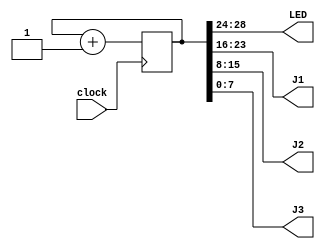
// written 2018-08-03 by mza
// last updated 2020-05-29 by mza

`define icestick

module mytop (
	input clock,
	output [5:1] LED,
	output [7:0] J1, J2, J3
);
	reg [31:0] counter = 0;
	always @(posedge clock) begin
		counter++;
	end
	assign LED = counter[28:24];
	assign J1 = counter[23:16];
	assign J2 = counter[15:8];
	assign J3 = counter[7:0];
endmodule // mytop

module top (
	input CLK,
	output LED1, LED2, LED3, LED4, LED5,
	output J1_3, J1_4, J1_5, J1_6, J1_7, J1_8, J1_9, J1_10,
	output J2_1, J2_2, J2_3, J2_4, J2_7, J2_8, J2_9, J2_10,
	output J3_3, J3_4, J3_5, J3_6, J3_7, J3_8, J3_9, J3_10,
	output DCDn, DSRn, CTSn, TX, IR_TX, IR_SD,
	input DTRn, RTSn, RX, IR_RX
);
	wire [7:0] J1 = { J1_10, J1_9, J1_8, J1_7, J1_6, J1_5, J1_4, J1_3 };
	wire [7:0] J2 = { J2_10, J2_9, J2_8, J2_7, J2_4, J2_3, J2_2, J2_1 };
	wire [7:0] J3 = { J3_10, J3_9, J3_8, J3_7, J3_6, J3_5, J3_4, J3_3 };
	wire [5:1] LED = { LED5, LED4, LED3, LED2, LED1 };
	assign { DCDn, DSRn, CTSn, TX, IR_TX, IR_SD } = 0;
	mytop mytop_instance (.clock(CLK), .LED(LED), .J1(J1), .J2(J2), .J3(J3));
endmodule // icestick